Problem: 4 × 9 = ?
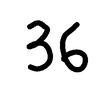
Handwritten answer: 36